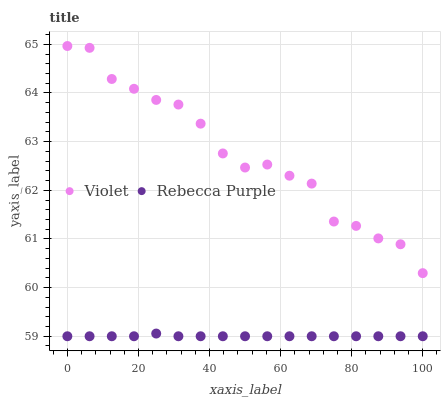
| xaxis_label | Violet | Rebecca Purple |
 | --- | --- | --- |
 | 0 | 65 | 59 |
 | 6.25 | 64.9 | 59 |
 | 12.5 | 64.3 | 59 |
 | 18.8 | 64.1 | 59 |
 | 25 | 63.9 | 59.1 |
 | 31.2 | 63.8 | 59 |
 | 37.5 | 63.4 | 59 |
 | 43.8 | 62.8 | 59 |
 | 50 | 62.5 | 59 |
 | 56.2 | 62.5 | 59 |
 | 62.5 | 62.3 | 59 |
 | 68.8 | 62.1 | 59 |
 | 75 | 61.4 | 59 |
 | 81.2 | 61.3 | 59 |
 | 87.5 | 61 | 59 |
 | 93.8 | 60.9 | 59 |
 | 100 | 60.3 | 59 |